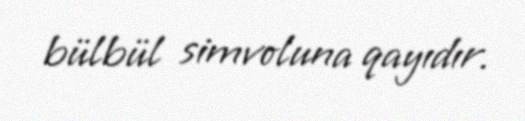
bülbül simvoluna qayıdır.